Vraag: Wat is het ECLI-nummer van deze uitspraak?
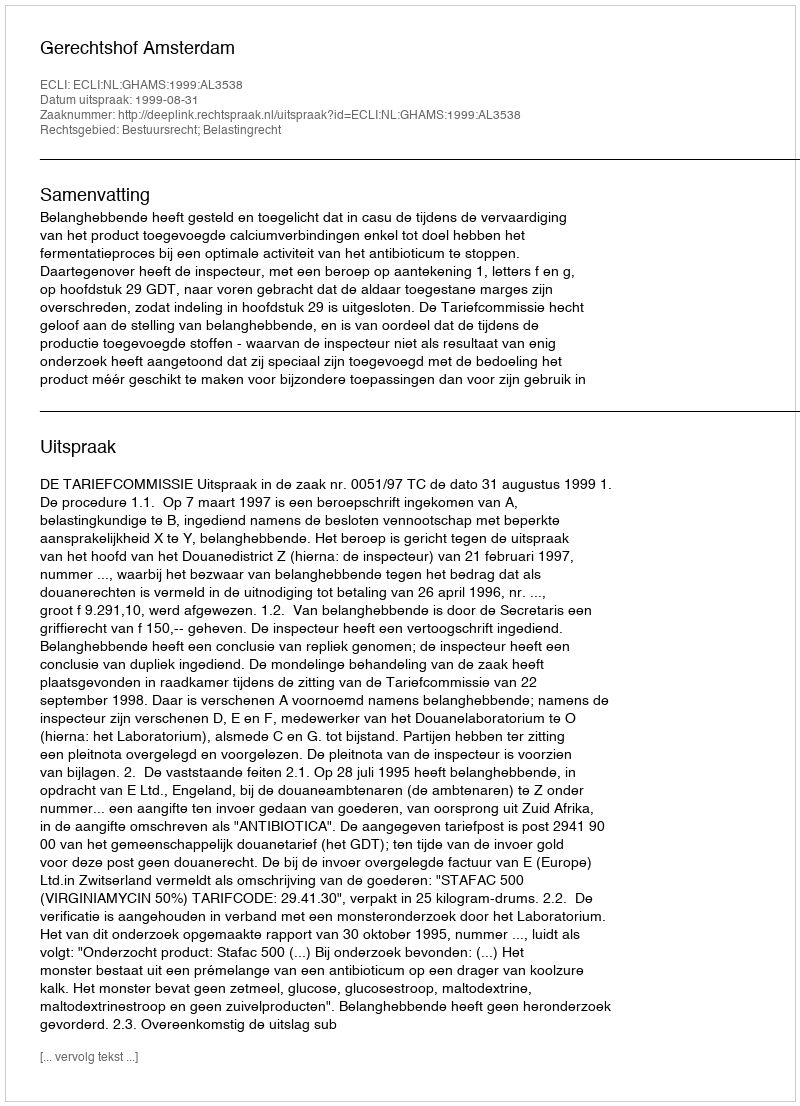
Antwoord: ECLI:NL:GHAMS:1999:AL3538